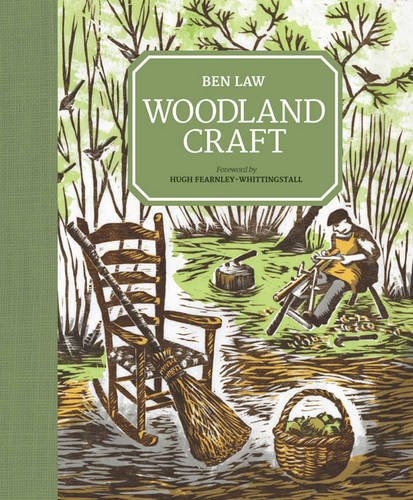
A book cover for Woodland Craft; Ben Law; Crafts, Hobbies & Home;